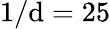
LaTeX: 1/\mathrm{d}=25